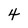
Character: 4